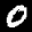
Label: 0